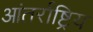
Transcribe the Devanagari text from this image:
आंतर्राष्ट्रिय